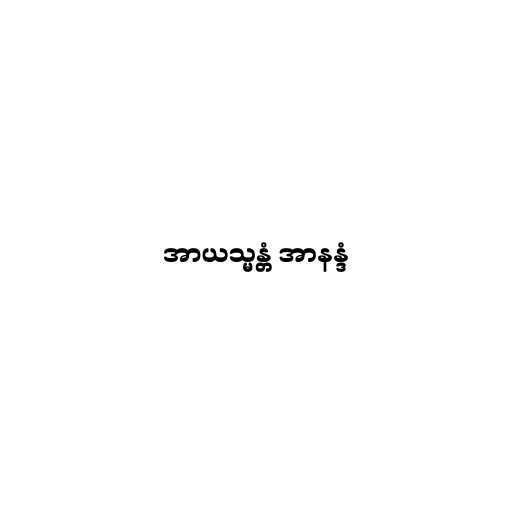
အာယသ္မန္တံ အာနန္ဒံ